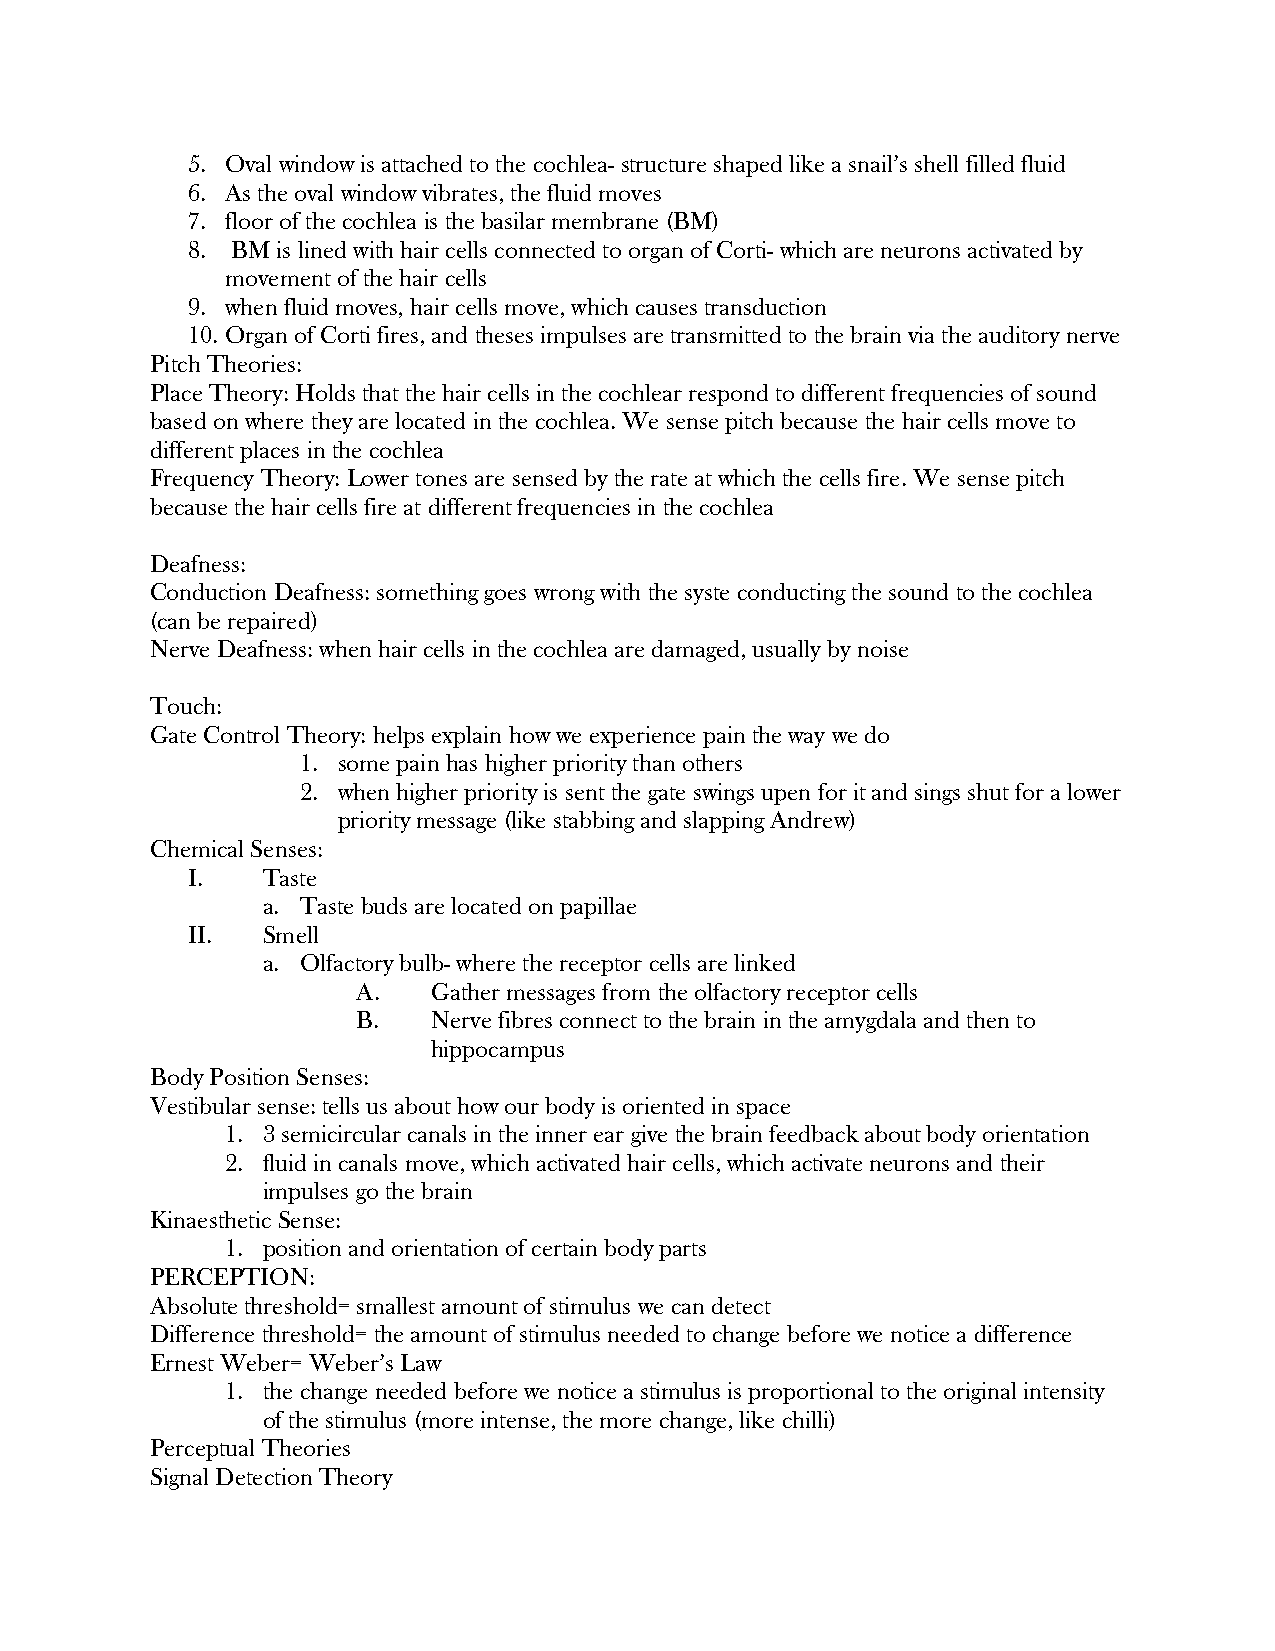
5. Oval window is attached to the cochlea- structure shaped like a snail’s shell filled fluid
 6. As the oval window vibrates, the fluid moves
 7. floor of the cochlea is the basilar membrane (BM)
 8. BM is lined with hair cells connected to organ of Corti- which are neurons activated by
 movement of the hair cells
 9. when fluid moves, hair cells move, which causes transduction
 10. Organ of Corti fires, and theses impulses are transmitted to the brain via the auditory nerve
 Pitch Theories:
 Place Theory: Holds that the hair cells in the cochlear respond to different frequencies of sound
 based on where they are located in the cochlea. We sense pitch because the hair cells move to
 different places in the cochlea
 Frequency Theory: Lower tones are sensed by the rate at which the cells fire. We sense pitch
 because the hair cells fire at different frequencies in the cochlea
 Deafness:
 Conduction Deafness: something goes wrong with the syste conducting the sound to the cochlea
 (can be repaired)
 Nerve Deafness: when hair cells in the cochlea are damaged, usually by noise
 Touch:
 Gate Control Theory: helps explain how we experience pain the way we do
 1. some pain has higher priority than others
 2. when higher priority is sent the gate swings upen for it and sings shut for a lower
 priority message (like stabbing and slapping Andrew)
 Chemical Senses:
 I.   Taste
 a. Taste buds are located on papillae
 II.  Smell
 a. Olfactory bulb- where the receptor cells are linked
 A.   Gather messages from the olfactory receptor cells
 B.   Nerve fibres connect to the brain in the amygdala and then to
 hippocampus
 Body Position Senses:
 Vestibular sense: tells us about how our body is oriented in space
 1. 3 semicircular canals in the inner ear give the brain feedback about body orientation
 2. fluid in canals move, which activated hair cells, which activate neurons and their
 impulses go the brain
 Kinaesthetic Sense:
 1. position and orientation of certain body parts
 PERCEPTION:
 Absolute threshold= smallest amount of stimulus we can detect
 Difference threshold= the amount of stimulus needed to change before we notice a difference
 Ernest Weber= Weber’s Law
 1. the change needed before we notice a stimulus is proportional to the original intensity
 of the stimulus (more intense, the more change, like chilli)
 Perceptual Theories
 Signal Detection Theory